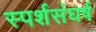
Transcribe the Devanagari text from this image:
स्पर्शसंघर्ष